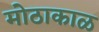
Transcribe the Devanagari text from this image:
मोठाकाळ